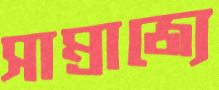
সাম্রাজ্যে